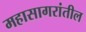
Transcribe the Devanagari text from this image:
महासागरांतील